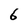
Character: 6